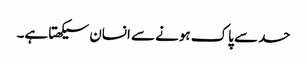
حسد سے پاک ہونے سے انسان سیکھتا ہے۔